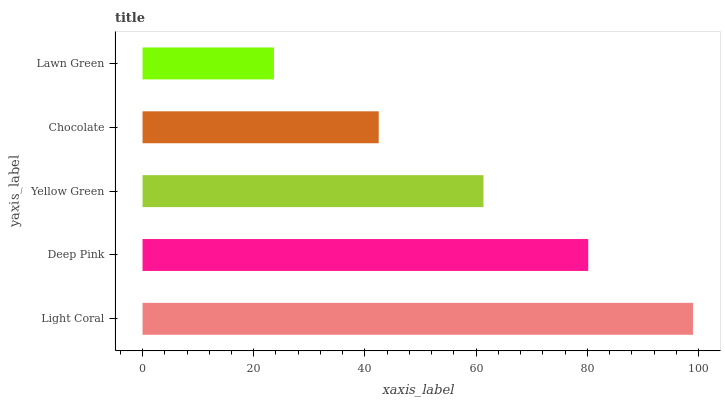
| yaxis_label | bars |
 | --- | --- |
 | Light Coral | 99 |
 | Deep Pink | 80.2 |
 | Yellow Green | 61.3 |
 | Chocolate | 42.5 |
 | Lawn Green | 23.6 |